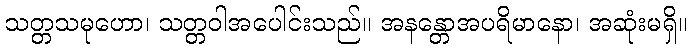
သတ္တသမုဟော၊ သတ္တဝါအပေါင်းသည်။ အနန္တောအပရိမာနော၊ အဆုံးမရှိ။